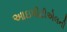
આઇપીટીએલની